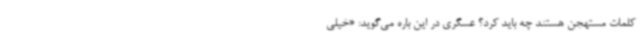
کلمات مستهجن هستند چه باید کرد؟ عسگری در این‌ باره می‌گوید: «خیلی